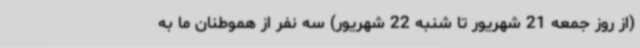
(از روز جمعه 21 شهریور تا شنبه 22 شهریور) سه نفر از هموطنان ما به